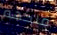
ملكهم